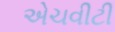
એચવીટી